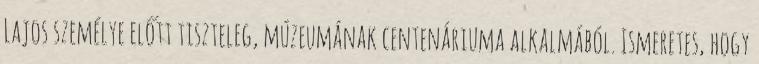
Lajos személye előtt tiszteleg, múzeumának centenáriuma alkalmából. Ismeretes, hogy